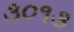
૩૦૧૩